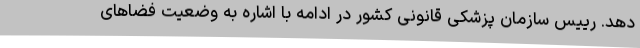
دهد. رییس سازمان پزشکی قانونی کشور در ادامه با اشاره به وضعیت فضاهای